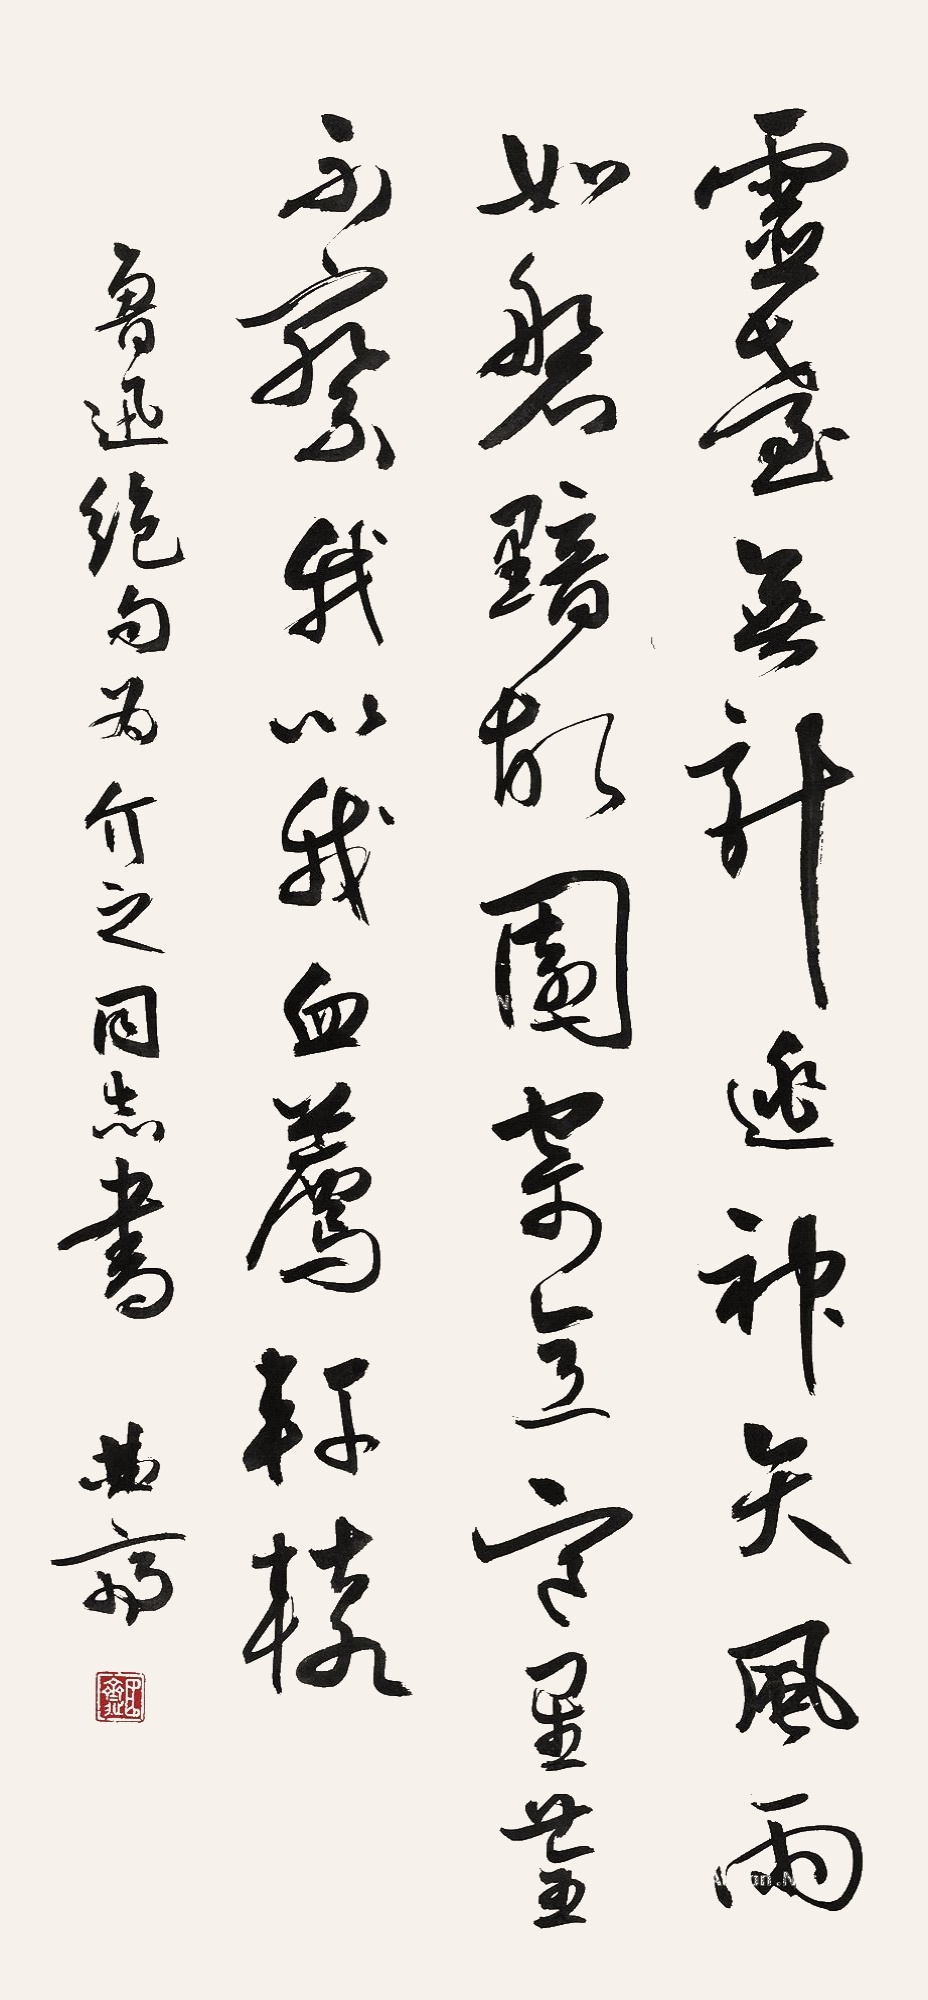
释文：灵台无计逃神矢，风雨如磐暗故园。寄意寒星荃不察，我以我血荐轩辕。鲁迅绝句为介之同志书，曲斋。